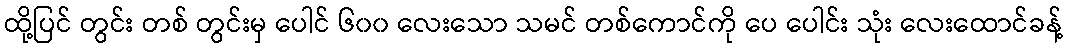
ထို့ပြင် တွင်း တစ် တွင်းမှ ပေါင် ၆၀၀ လေးသော သမင် တစ်ကောင်ကို ပေ ပေါင်း သုံး လေးထောင်ခန့်